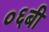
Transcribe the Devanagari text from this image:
०६बी